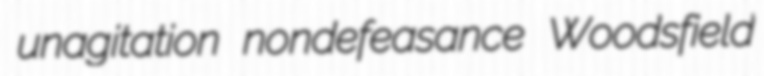
unagitation nondefeasance Woodsfield